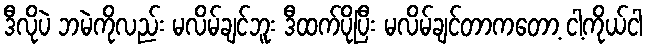
ဒီလိုပဲ ဘမဲကိုလည်း မလိမ်ချင်ဘူး ဒီထက်ပိုပြီး မလိမ်ချင်တာကတော့ ငါ့ကိုယ်ငါ